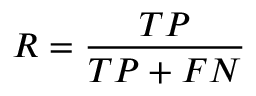
R = { \frac { T P } { T P + F N } }